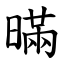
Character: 暪